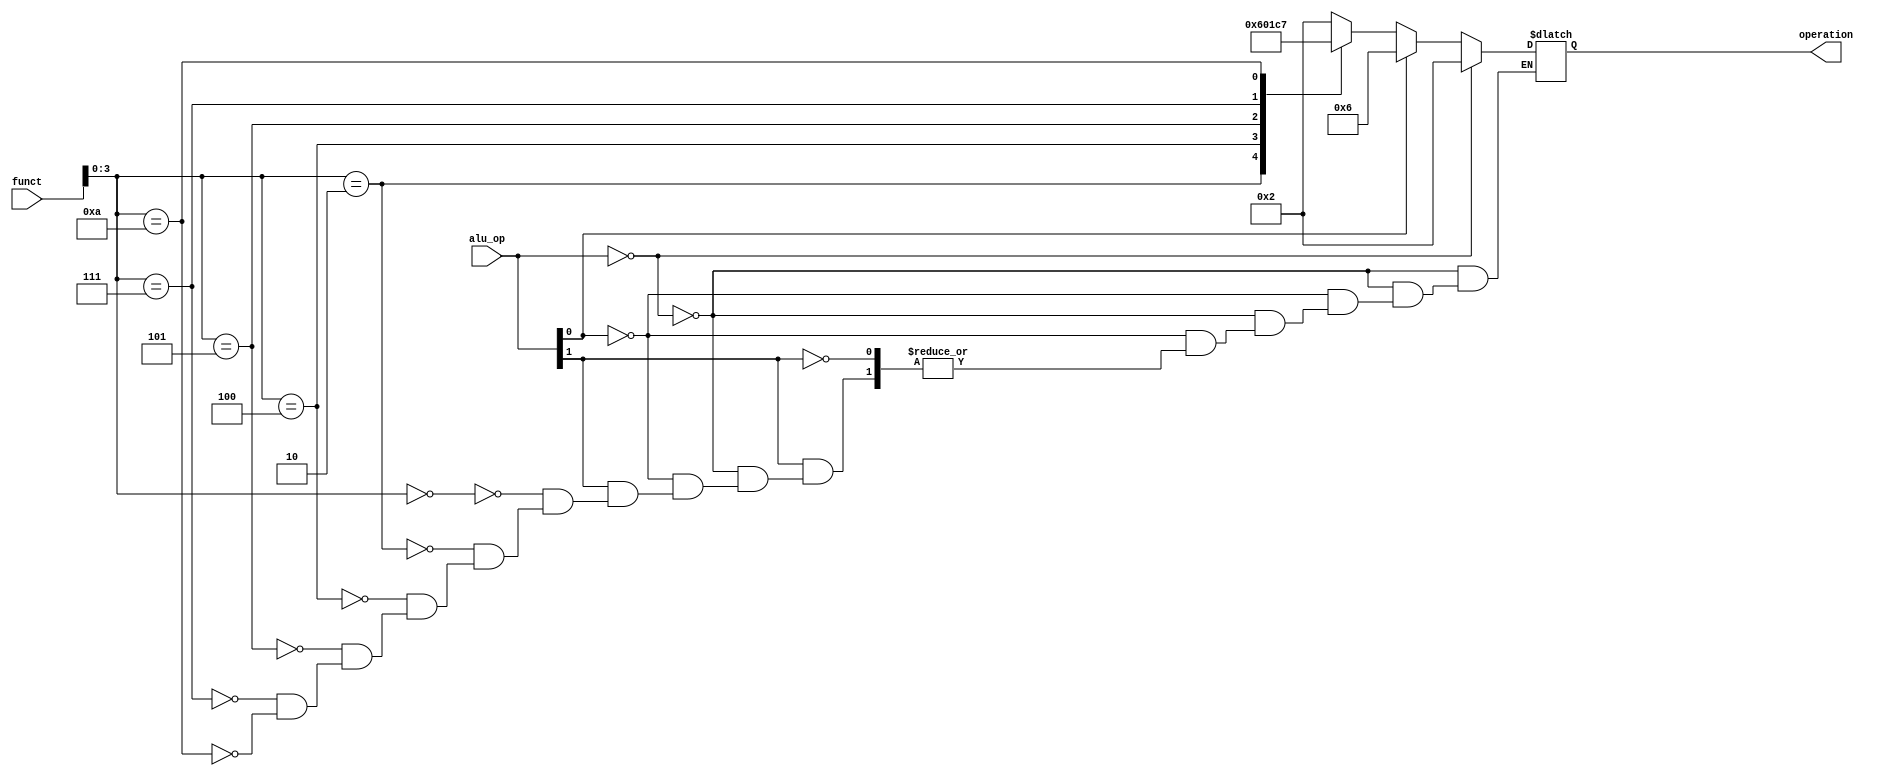
// NO CHANGES NEED TO BE MADE TO THIS MODULE

`ifndef __alu_ctrl__
`define __alu_ctrl__ defined

module alu_control (
    input [1:0] alu_op,
    input [5:0] funct,
    output reg [3:0] operation
);

    always @(*) begin
        if (alu_op == 2'b00)                // for addi, lw and sw (addition of the sign extended immediate number)
            operation = 4'h2;
        else if (alu_op[0] == 1'b1)         // for beq (subtraction of regs to check equality)
            operation = 4'h6;
        else if (alu_op[1] == 1'b1)
            case (funct[3:0])
                4'h0 : operation = 4'h2;    // add
                4'h2 : operation = 4'h6;    // sub
                4'h4 : operation = 4'h0;    // and
                4'h5 : operation = 4'h1;    // or
                4'h7 : operation = 4'hc;    // or
                4'ha : operation = 4'h7;    // slt
            endcase
    end

endmodule

`endif